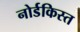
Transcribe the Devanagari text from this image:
नोर्डकिस्त